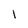
Character: 1